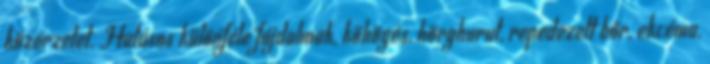
közérzetet. Hatásos különféle fájdalmak, köhögés, hörghurut, repedezett bőr, ekcéma,